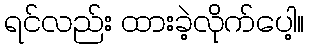
ရင်လည်း ထားခဲ့လိုက်ပေါ့။